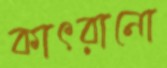
কাৎরানো